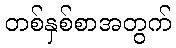
တစ်နှစ်စာအတွက်